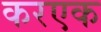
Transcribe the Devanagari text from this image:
करएक